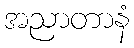
အညာတာနံ